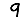
Digit: 9